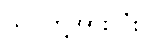
သင်တို့အားလုံး